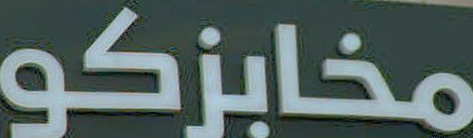
مخابزكو